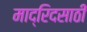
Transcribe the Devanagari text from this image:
माद्रिदसाठी